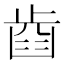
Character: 𣦋